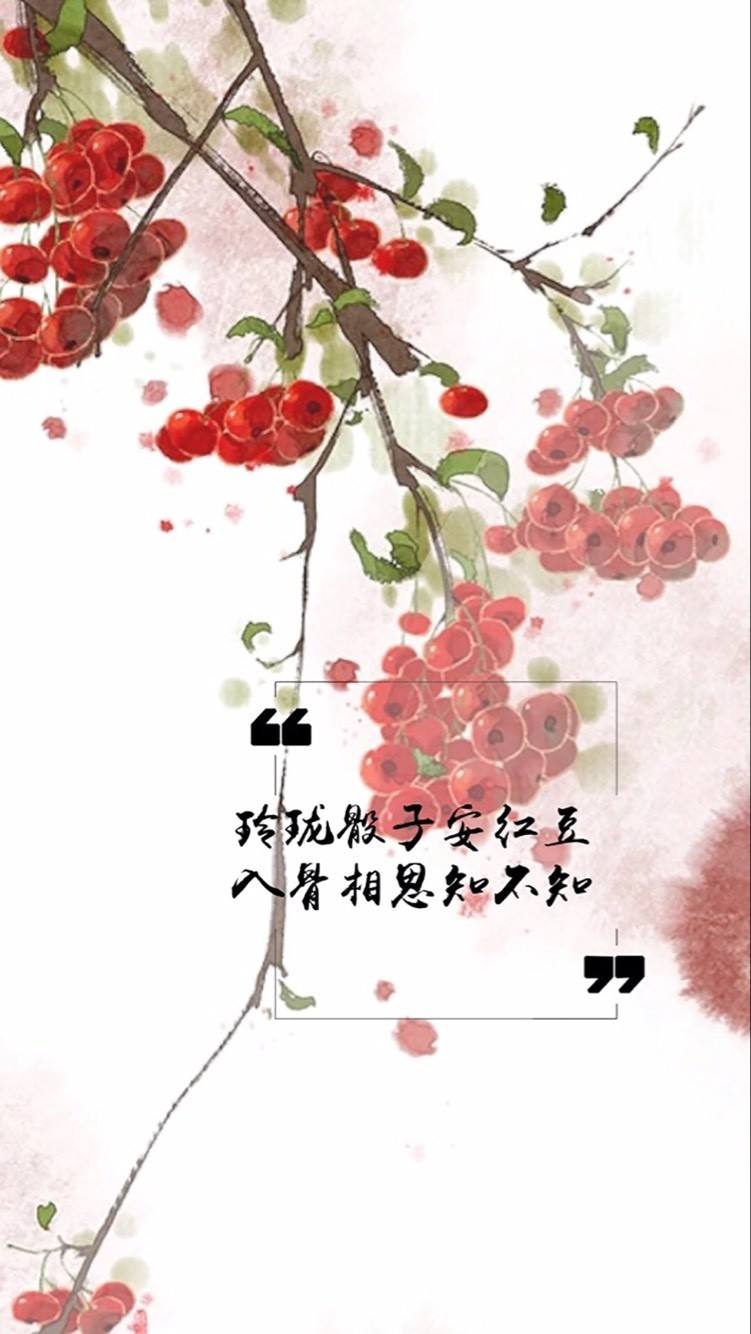
玲珑骰子安红豆，入骨相思知不知。